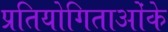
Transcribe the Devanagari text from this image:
प्रतियोगिताओंके